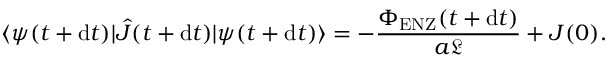
\langle \psi ( t + \mathrm { d } t ) | \hat { J } ( t + \mathrm { d } t ) | \psi ( t + \mathrm { d } t ) \rangle = - \frac { \Phi _ { \mathrm { E N Z } } ( t + \mathrm { d } t ) } { a \mathfrak { L } } + J ( 0 ) .